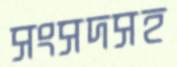
সংসদসহ